Plague in India, 1896, 1897 - Volume 1
Year: 1896
Disease focus: Plague
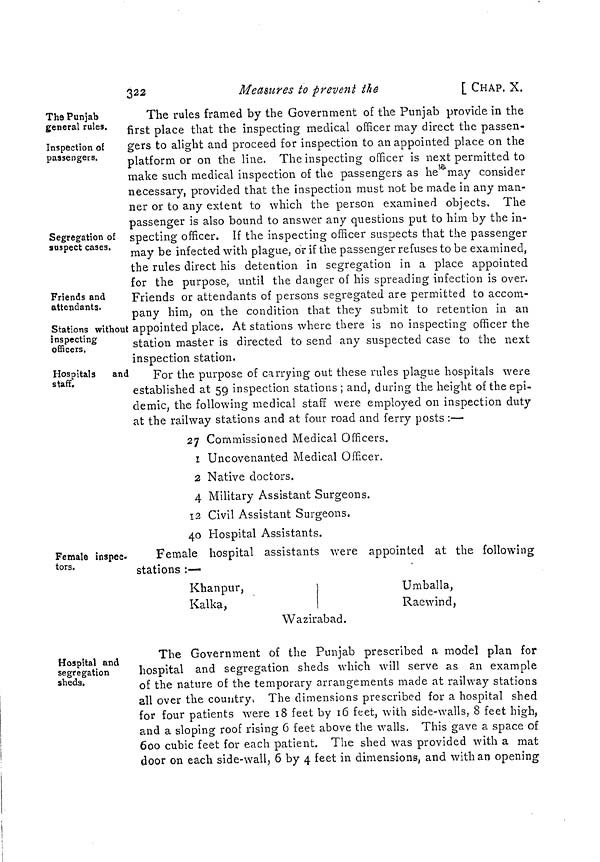
322
Measures to prevent the
[ CHAP, X.
The Punjab
general rules.
Inspection of
passengers.
Segregation of
suspect cases.
Friends and
attendants.
Stations without
inspecting
officers.
The rules framed by the Government of the Punjab provide in the
first place that the inspecting medical officer may direct the passen-
gers to alight and proceed for inspection to an appointed place on the
platform or on the line. The inspecting officer is next permitted to
make such medical inspection of the passengers as he may consider
necessary, provided that the inspection must not be made in any man-
ner or to any extent to which the person examined objects. The
passenger is also bound to answer any questions put to him by the in-
specting officer. If the inspecting officer suspects that the passenger
may be infected with plague, or if the passenger refuses to be examined,
the rules direct his detention in segregation in a place appointed
for the purpose, until the danger of his spreading infection is over.
Friends or attendants of persons segregated are permitted to accom-
pany him, on the condition that they submit to retention in an
appointed place. At stations where there is no inspecting officer the
station master is directed to send any suspected case to the next
inspection station.
Hospitals
and
staff.
For the purpose of carrying out these rules plague hospitals were
established at 59 inspection stations ; and, during the height of the epi-
demic, the following medical staff were employed on inspection duty
at the railway stations and at four road and ferry posts :—
27 Commissioned Medical Officers.
1 Uncovenanted Medical Officer.
2 Native doctors.
4 Military Assistant Surgeons.
12 Civil Assistant Surgeons.
40 Hospital Assistants.
Female inspec-
tors.
Female hospital assistants were appointed at the following
stations :—
Khan pur,
Kalka,
Umballa,
Raewind,
Wazirabad.
Hospital and
segregation
sheds.
The Government of the Punjab prescribed a model plan for
hospital and segregation sheds which will serve as an example
of the nature of the temporary arrangements made at railway stations
all over the country. The dimensions prescribed for a hospital shed
for four patients were 18 feet by 16 feet, with side-walls, 8 feet high,
and a sloping roof rising 6 feet above the walls. This gave a space of
600 cubic feet for each patient. The shed was provided with a mat
door on each side-wall, 6 by 4 feet in dimensions, and with an opening